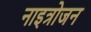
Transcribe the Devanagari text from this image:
नाइत्रोजन